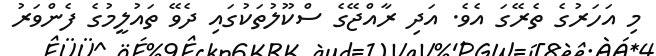
މި އަހަރުގެ ތެރޭގަ އެވެ. އަދި ރާއްޖޭގެ ސްކޫލުތަކުގައި ދެވޭ ތައުލީމުގެ ފެންވަރު